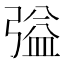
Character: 𭛃